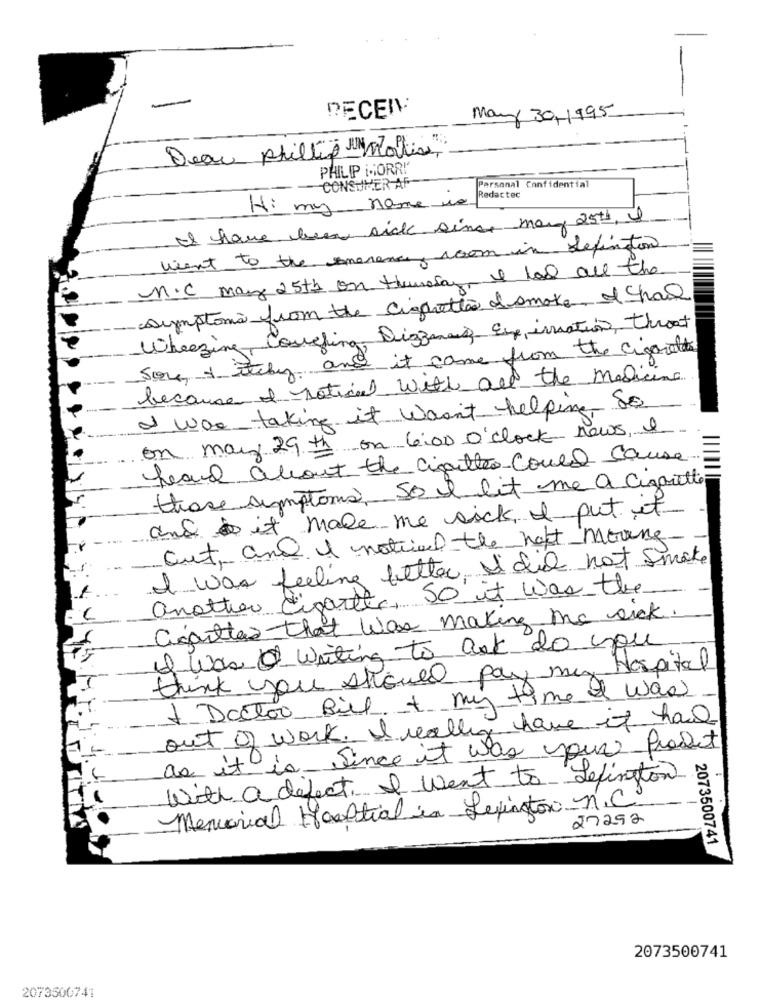
PECEN
May 30,1995
Deac phillip Morris
PHILIPP MORRI'
CONSUMER AF
Personal Confidential
Redactec
H: my name we
I have been sick since many 25th, I
want to the smerence room in definiton
M.C may 25th on thursday I had all the
symptome from the cigarette I smoke & chal
Wheezing Couching Diggmann Erp, irmation, throat
Some + italy and it came from the cigarettes
because of notical with all the medicin
I was taking it wasn't helping so
on may 29th on 6:00 O'clock News, I
heard about the cities could cause
those symptoms, So I lit me a cigarette
and it make me sick I put it
cut and I notevel the haft moving
I was feeling better, Idid not smoke
another digartts, SO it was the
Cigarettes that Was making me sick.
Q Was writing to ask do you
think you should pay my Hospital
1 Doctor Bill + my time & was
out of work. I really have it had
as it is Since it was your product
with a defect. I went to Lefington
Memorial Hosptial in Lexington n.C.
27292
2073500741
2073500741
2073500741